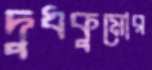
দুধকুমোর